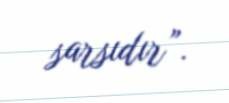
sarsıdır”.